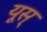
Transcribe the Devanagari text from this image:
यूस्